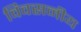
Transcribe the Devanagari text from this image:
विवसनीय